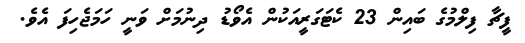
ފީޗާ ފިލްމުގެ ބައިން 23 ކެޓަގަރީއަކުން އެވޯޑު ދިނުމަށް ވަނީ ހަމަޖެހިފަ އެވެ.